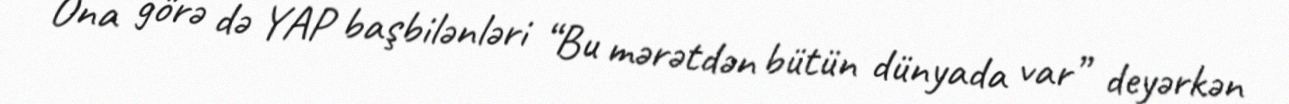
Ona görə də YAP başbilənləri “Bu mərətdən bütün dünyada var” deyərkən